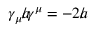
\gamma _ { \mu } { a \! \! \! / } \gamma ^ { \mu } = - 2 { a \! \! \! / }